Source: Handwritten
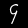
Digit: ၄ (4)